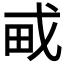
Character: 𤰭